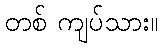
တစ် ကျပ်သား။